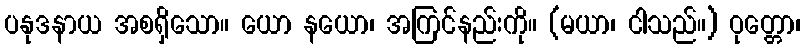
ပနုဒနာယ အစရှိသော။ ယော နယော၊ အကြင်နည်းကို။ (မယာ၊ ငါသည်။) ဝုတ္တော၊